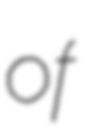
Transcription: of